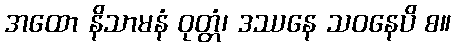
အထော နိသာမနံ ဝုတ္တံ၊ ဒဿနေ သဝနေပိ စ။